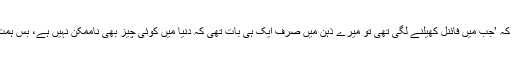
عائشہ نے کہا کہ ’جب میں فائنل کھیلنے لگی تھی تو میرے ذہن میں صرف ایک ہی بات تھی کہ دنیا میں کوئی چیز بھی ناممکن نہیں ہے، بس ہمت ہونی چاہیے۔